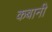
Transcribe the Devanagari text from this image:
कबानी